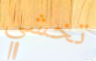
تخشي